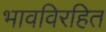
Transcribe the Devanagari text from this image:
भावविरहित